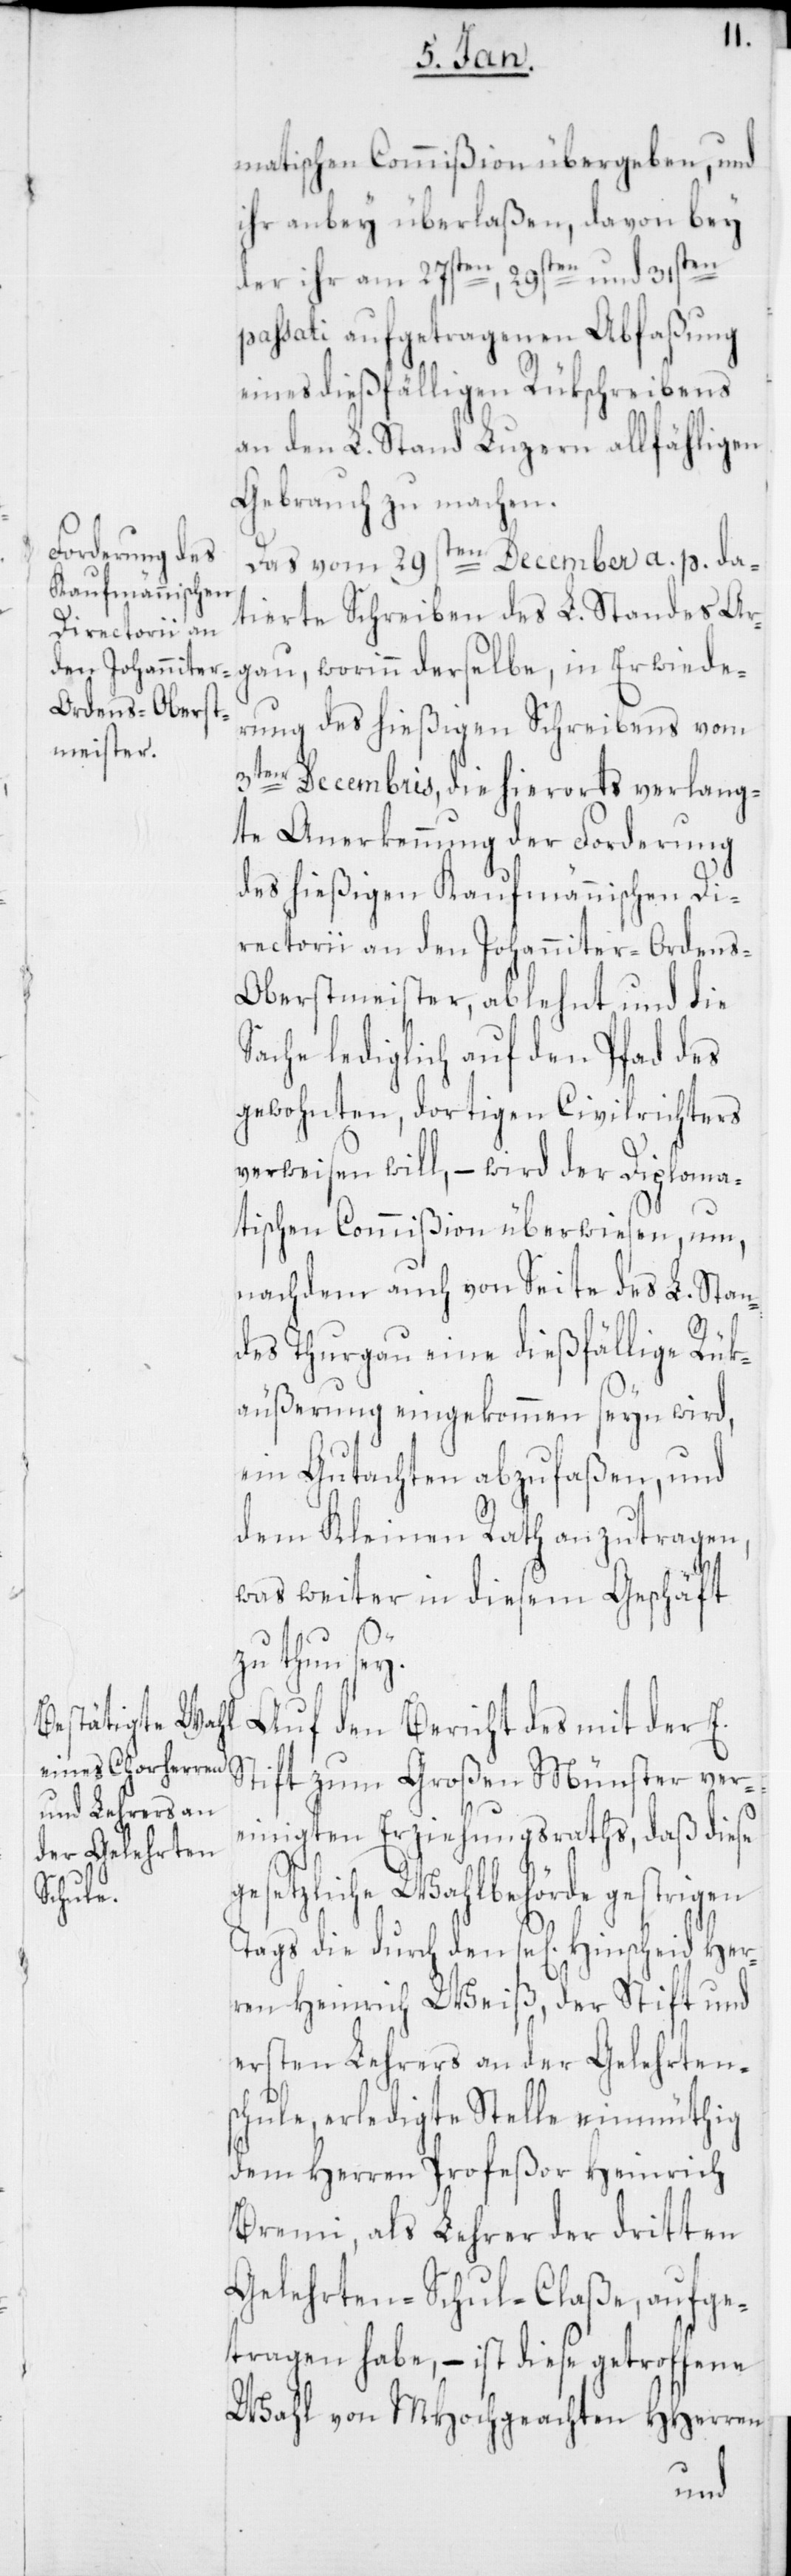
matischen Commißion übergeben, und
ihr anbey überlaßen, davon bey
der ihr am 27sten, 29sten und 31sten
passati aufgetragenen Abfaßung
eines dießfälligen Rükschreibens
an den L. Stand Luzern allfähligen
Gebrauch zu machen.
Das vom 29sten December a. p. da¬
tierte Schreiben des L. Standes Ar¬
gau, worinn derselbe, in Erwiede¬
rung des hießigen Schreibens vom
3ten Decembris, die hierorts verlang¬
te Anerkenung der Forderung
des hießigen kaufmännischen Di¬
rectorii an den Johanniter-Orden¬
s-Oberstmeister, ablehnt und die
Sache lediglich auf den Pfad des
gewohnten, dortigen Civilrichters
verweisen will, – wird der diploma¬
tischen Commißion überwiesen, um,
nachdem auch von Seite des L. Stan¬
des Thurgau eine dießfällige Rük¬
äußerung eingekommen sein wird,
ein Gutachten abzufaßen, und
dem Kleinen Rath anzutragen,
was weiter in diesem Geschäft
ge¬
zu thun sey.
Auf den Bericht des mit der E.
ift zum Großen Münster ver¬
einigten Erziehungsraths, daß diese
setzliche Wahlbehörde gestrigen
Tags die durch den sel. Hinscheid Her¬
ren Heinrich Weiß, der Stift und
ersten Lehrers an der Gelehrten¬
schule, erledigte Stelle einmüthig
dem Herren Profeßor Heinrich
Bremi, als Lehrer der dritten
Gelehrten-Schul-Classe, aufge¬
tragen habe, – ist diese getroffene
Wahl von MHochgeachten HHerren